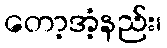
တော့အံ့နည်း၊